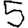
Digit: 5